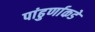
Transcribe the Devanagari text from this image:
पांढुर्णाकडे